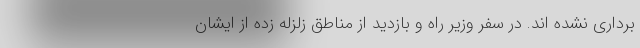
برداری نشده اند. در سفر وزیر راه و بازدید از مناطق زلزله زده از ایشان